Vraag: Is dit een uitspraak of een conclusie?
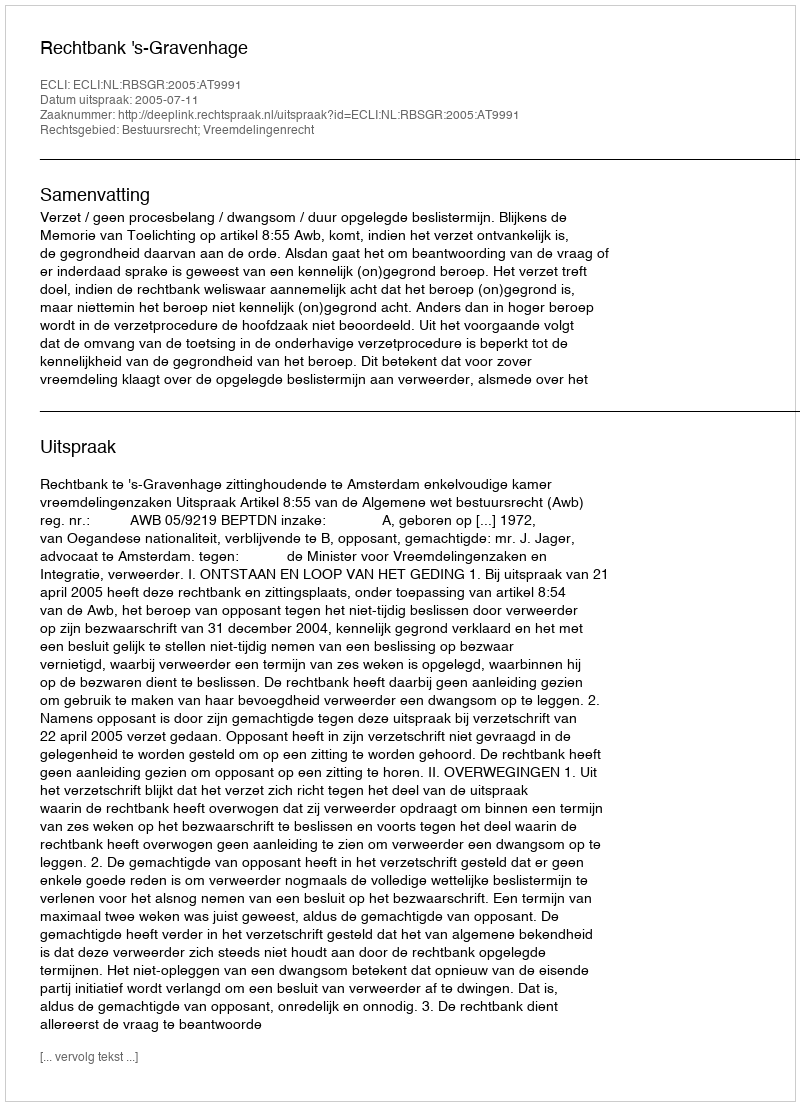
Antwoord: Uitspraak